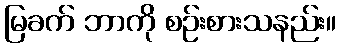
မြခက် ဘာကို စဉ်းစားသနည်း။